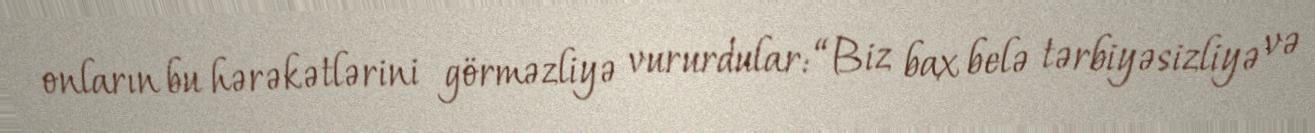
onların bu hərəkətlərini görməzliyə vururdular: “Biz bax belə tərbiyəsizliyə və